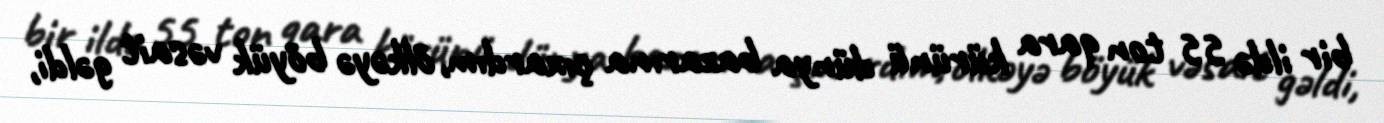
bir ildə 55 ton qara kürünü dünya bazarına çıxardım, ölkəyə böyük vəsait gəldi,